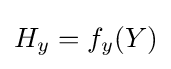
H_{y}=f_{y}(Y)